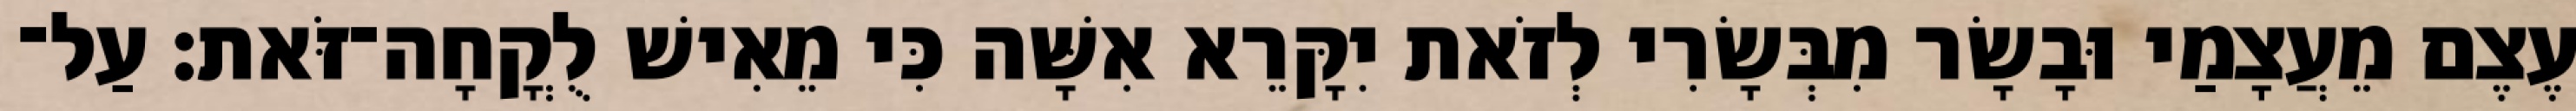
עֶצֶם מֵעֲצָמַי וּבָשָׂר מִבְּשָׂרִי לְזֹאת יִקָּרֵא אִשָּׁה כִּי מֵאִישׁ לֻקֳחָה־זֹּאת׃ עַל־